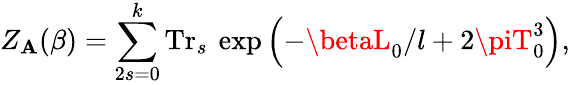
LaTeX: Z_{\mathbf{A}}(\beta)=\sum_{2s=0}^{k}\mathrm{{Tr}}_{s}\: \exp\left(-\betaL_{0}/l+2\piT_{0}^{3}\right),